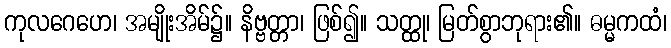
ကုလဂေဟေ၊ အမျိုးအိမ်၌။ နိဗ္ဗတ္တာ၊ ဖြစ်၍။ သတ္ထု၊ မြတ်စွာဘုရား၏။ ဓမ္မကထံ၊